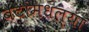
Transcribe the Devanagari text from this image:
बेटांमधल्या